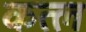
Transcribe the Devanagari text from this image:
कत्‍ल